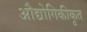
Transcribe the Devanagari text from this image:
औद्योगिकीकृत